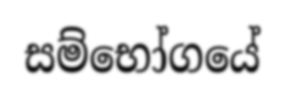
සම්භෝගයේ